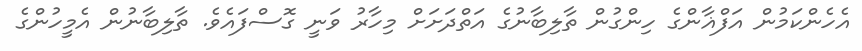
އެހެންކަމުން އަފްޣާންގެ ހިންގުން ތާލިބާނުގެ އަތްދަށަށް މިހާރު ވަނީ ގޮސްފައެވެ. ތާލިބާނުން އެމީހުންގެ